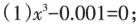
(1)$$x ^ { 3 } - 0 . 0 0 1 = 0$$；